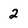
Character: 2